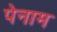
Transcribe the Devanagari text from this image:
पेनाम